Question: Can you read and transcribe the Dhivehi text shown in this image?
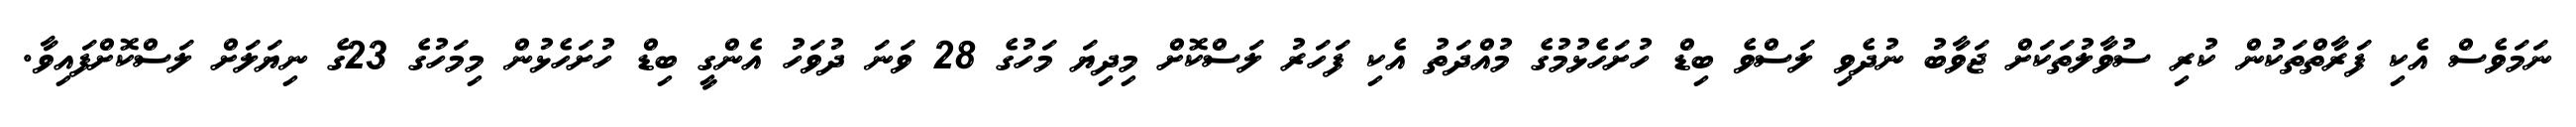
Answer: ނަމަވެސް އެކި ފަރާތްތަކުން ކުރި ސުވާލުތަކަށް ޖަވާބު ނުދެވި ލަސްވެ ބިޑް ހުށަހެޅުމުގެ މުއްދަތު އެކި ފަހަރު ލަސްކޮށް މިދިޔަ މަހުގެ 28 ވަނަ ދުވަހު އެންގީ ބިޑް ހުށަހެޅުން މިމަހުގެ 23ގެ ނިޔަލަށް ލަސްކޮށްފައިވާ.